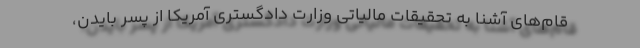
قام‌های آشنا به تحقیقات مالیاتی وزارت دادگستری آمریکا از پسر بایدن،‌